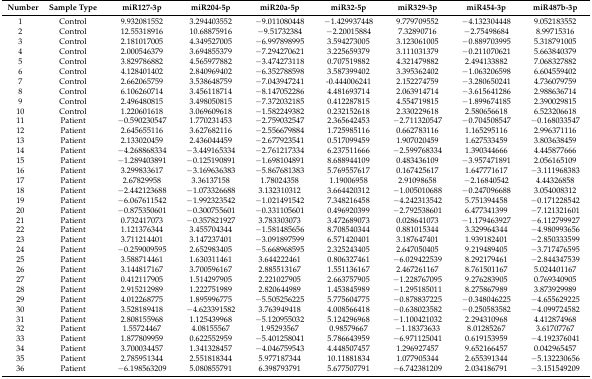
<table><thead><tr><td><b>Number</b></td><td><b>Sample Type</b></td><td><b>miR127-3p</b></td><td><b>miR204-5p</b></td><td><b>miR20a-5p</b></td><td><b>miR32-5p</b></td><td><b>miR329-3p</b></td><td><b>miR454-3p</b></td><td><b>miR487b-3p</b></td></tr></thead><tbody><tr><td>1</td><td>Control</td><td>9.932081552</td><td>3.294403552</td><td>−9.011080448</td><td>−1.429937448</td><td>9.779709552</td><td>−4.132304448</td><td>9.052183552</td></tr><tr><td>2</td><td>Control</td><td>12.55318916</td><td>10.68875916</td><td>−9.51732384</td><td>−2.20015884</td><td>7.32890716</td><td>−2.75498684</td><td>8.99715316</td></tr><tr><td>3</td><td>Control</td><td>2.181017005</td><td>4.349527005</td><td>−6.997898995</td><td>3.594273005</td><td>3.123061005</td><td>−0.889703995</td><td>5.318791005</td></tr><tr><td>4</td><td>Control</td><td>2.000546379</td><td>3.694855379</td><td>−7.294270621</td><td>3.225659379</td><td>3.111031379</td><td>−0.211070621</td><td>5.663840379</td></tr><tr><td>5</td><td>Control</td><td>3.829786882</td><td>4.565977882</td><td>−3.474273118</td><td>0.707519882</td><td>4.321479882</td><td>2.494133882</td><td>7.068327882</td></tr><tr><td>6</td><td>Control</td><td>4.128401402</td><td>2.840969402</td><td>−6.352788598</td><td>3.587399402</td><td>3.395362402</td><td>−1.063206598</td><td>6.604559402</td></tr><tr><td>7</td><td>Control</td><td>2.662065759</td><td>3.538648759</td><td>−7.043947241</td><td>-0.444006241</td><td>2.152274759</td><td>−3.280650241</td><td>4.736079759</td></tr><tr><td>8</td><td>Control</td><td>6.106260714</td><td>3.456118714</td><td>−8.147052286</td><td>4.481693714</td><td>2.063914714</td><td>−3.615641286</td><td>2.988636714</td></tr><tr><td>9</td><td>Control</td><td>2.496480815</td><td>3.498050815</td><td>−7.372032185</td><td>0.412287815</td><td>4.554719815</td><td>−1.899674185</td><td>2.390029815</td></tr><tr><td>10</td><td>Control</td><td>1.220601618</td><td>3.069609618</td><td>−1.582249382</td><td>0.232152618</td><td>2.330229618</td><td>2.580656618</td><td>6.523206618</td></tr><tr><td>11</td><td>Patient</td><td>−0.590230547</td><td>1.770231453</td><td>−2.759032547</td><td>2.365642453</td><td>−2.711320547</td><td>−0.704508547</td><td>−0.168033547</td></tr><tr><td>12</td><td>Patient</td><td>2.645655116</td><td>3.627682116</td><td>−2.556679884</td><td>1.725985116</td><td>0.662783116</td><td>1.165295116</td><td>2.996371116</td></tr><tr><td>13</td><td>Patient</td><td>2.133020459</td><td>2.436044459</td><td>−2.677923541</td><td>0.517099459</td><td>1.907020459</td><td>1.627533459</td><td>3.803638459</td></tr><tr><td>14</td><td>Patient</td><td>−4.268868334</td><td>−3.449165334</td><td>−2.761217334</td><td>6.237511666</td><td>−2.599768334</td><td>1.390344666</td><td>4.445877666</td></tr><tr><td>15</td><td>Patient</td><td>−1.289403891</td><td>−0.125190891</td><td>−1.698104891</td><td>8.688944109</td><td>0.483436109</td><td>−3.957471891</td><td>2.056165109</td></tr><tr><td>16</td><td>Patient</td><td>3.299833617</td><td>−3.169636383</td><td>−5.867681383</td><td>5.769557617</td><td>0.167425617</td><td>1.647771617</td><td>−3.111968383</td></tr><tr><td>17</td><td>Patient</td><td>2.67829958</td><td>3.36137158</td><td>1.78024358</td><td>1.19006958</td><td>2.91098658</td><td>−2.16840542</td><td>4.44326858</td></tr><tr><td>18</td><td>Patient</td><td>−2.442123688</td><td>−1.073326688</td><td>3.132310312</td><td>3.664420312</td><td>−1.005010688</td><td>−0.247096688</td><td>3.054008312</td></tr><tr><td>19</td><td>Patient</td><td>−6.067611542</td><td>−1.992323542</td><td>−1.021491542</td><td>7.348216458</td><td>−4.242313542</td><td>5.751394458</td><td>−0.171228542</td></tr><tr><td>20</td><td>Patient</td><td>−0.875350601</td><td>−0.300755601</td><td>−0.331105601</td><td>0.496920399</td><td>−2.792538601</td><td>6.477341399</td><td>−7.121321601</td></tr><tr><td>21</td><td>Patient</td><td>0.732417073</td><td>−0.357821927</td><td>3.783303073</td><td>3.472689073</td><td>0.028641073</td><td>−1.179463927</td><td>−6.112799927</td></tr><tr><td>22</td><td>Patient</td><td>1.121376344</td><td>3.455704344</td><td>−1.581485656</td><td>8.708540344</td><td>0.881015344</td><td>3.329964344</td><td>−4.980993656</td></tr><tr><td>23</td><td>Patient</td><td>3.711214401</td><td>3.147237401</td><td>−3.091897599</td><td>6.571420401</td><td>3.187647401</td><td>1.939182401</td><td>−2.850333599</td></tr><tr><td>24</td><td>Patient</td><td>−0.259009595</td><td>2.652983405</td><td>−5.668968595</td><td>2.325243405</td><td>2.647050405</td><td>9.219489405</td><td>−3.717476595</td></tr><tr><td>25</td><td>Patient</td><td>3.588714461</td><td>1.630311461</td><td>3.644222461</td><td>0.806327461</td><td>−6.029422539</td><td>8.292179461</td><td>−2.844347539</td></tr><tr><td>26</td><td>Patient</td><td>3.144817167</td><td>3.700596167</td><td>2.885513167</td><td>1.551136167</td><td>2.467261167</td><td>8.761501167</td><td>5.024401167</td></tr><tr><td>27</td><td>Patient</td><td>0.412117905</td><td>1.514297905</td><td>2.221027905</td><td>2.663757905</td><td>−1.228767095</td><td>9.276283905</td><td>0.769340905</td></tr><tr><td>28</td><td>Patient</td><td>2.915212989</td><td>1.222751989</td><td>2.820644989</td><td>1.453845989</td><td>−1.295185011</td><td>8.275867989</td><td>3.873929989</td></tr><tr><td>29</td><td>Patient</td><td>4.012268775</td><td>1.895996775</td><td>−5.505256225</td><td>5.775604775</td><td>−0.878837225</td><td>−0.348046225</td><td>−4.655629225</td></tr><tr><td>30</td><td>Patient</td><td>3.528189418</td><td>−4.623391582</td><td>3.763949418</td><td>4.008566418</td><td>−0.638023582</td><td>−0.250583582</td><td>−4.099724582</td></tr><tr><td>31</td><td>Patient</td><td>2.808155968</td><td>1.125439968</td><td>−5.120955032</td><td>5.124296968</td><td>−1.100421032</td><td>2.294310968</td><td>4.412874968</td></tr><tr><td>32</td><td>Patient</td><td>1.55724467</td><td>4.08155567</td><td>1.95293567</td><td>0.98579667</td><td>−1.18373633</td><td>8.01285267</td><td>3.61707767</td></tr><tr><td>33</td><td>Patient</td><td>1.877809959</td><td>0.622552959</td><td>−5.401258041</td><td>5.786643959</td><td>−6.971125041</td><td>0.619153959</td><td>−4.192376041</td></tr><tr><td>34</td><td>Patient</td><td>3.700034457</td><td>1.341328457</td><td>−4.046759543</td><td>4.448507457</td><td>1.296927457</td><td>9.652166457</td><td>0.042965457</td></tr><tr><td>35</td><td>Patient</td><td>2.785951344</td><td>2.551818344</td><td>5.977187344</td><td>10.11881834</td><td>1.077905344</td><td>2.655391344</td><td>−5.132230656</td></tr><tr><td>36</td><td>Patient</td><td>−6.198563209</td><td>5.080855791</td><td>6.398793791</td><td>5.677507791</td><td>−6.742381209</td><td>2.034186791</td><td>−3.151549209</td></tr></tbody></table>